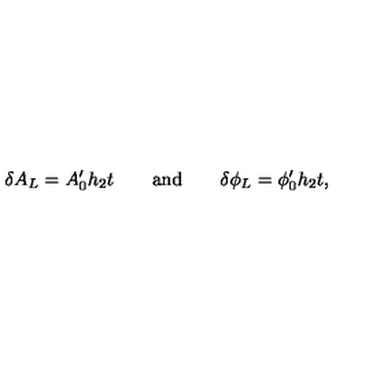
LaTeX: \delta A _ { L } = A _ { 0 } ^ { \prime } h _ { 2 } t \qquad \mathrm { a n d } \qquad \delta \phi _ { L } = \phi _ { 0 } ^ { \prime } h _ { 2 } t ,